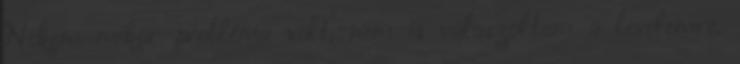
Nekem mikor probléma volt, nem is válaszoltam a levelemre.